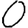
Digit: 0